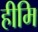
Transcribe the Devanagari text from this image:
हीमि